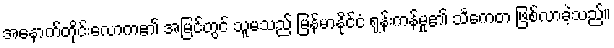
အနောက်တိုင်းလောက၏ အမြင်တွင် သူမသည် မြန်မာနိုင်ငံ ရုန်းကန်မှု၏ သင်္ကေတ ဖြစ်လာခဲ့သည်။